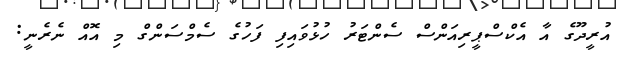
އުރީދޫގެ އާ އެކްސްޕީރިއަންސް ސެންޓަރު ހުޅުވައިފި ފަހުގެ ސެމްސަންގް މި އޮއް ނެރެނީ: